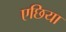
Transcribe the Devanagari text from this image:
एछिया